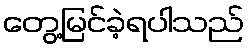
တွေ့မြင်ခဲ့ရပါသည်